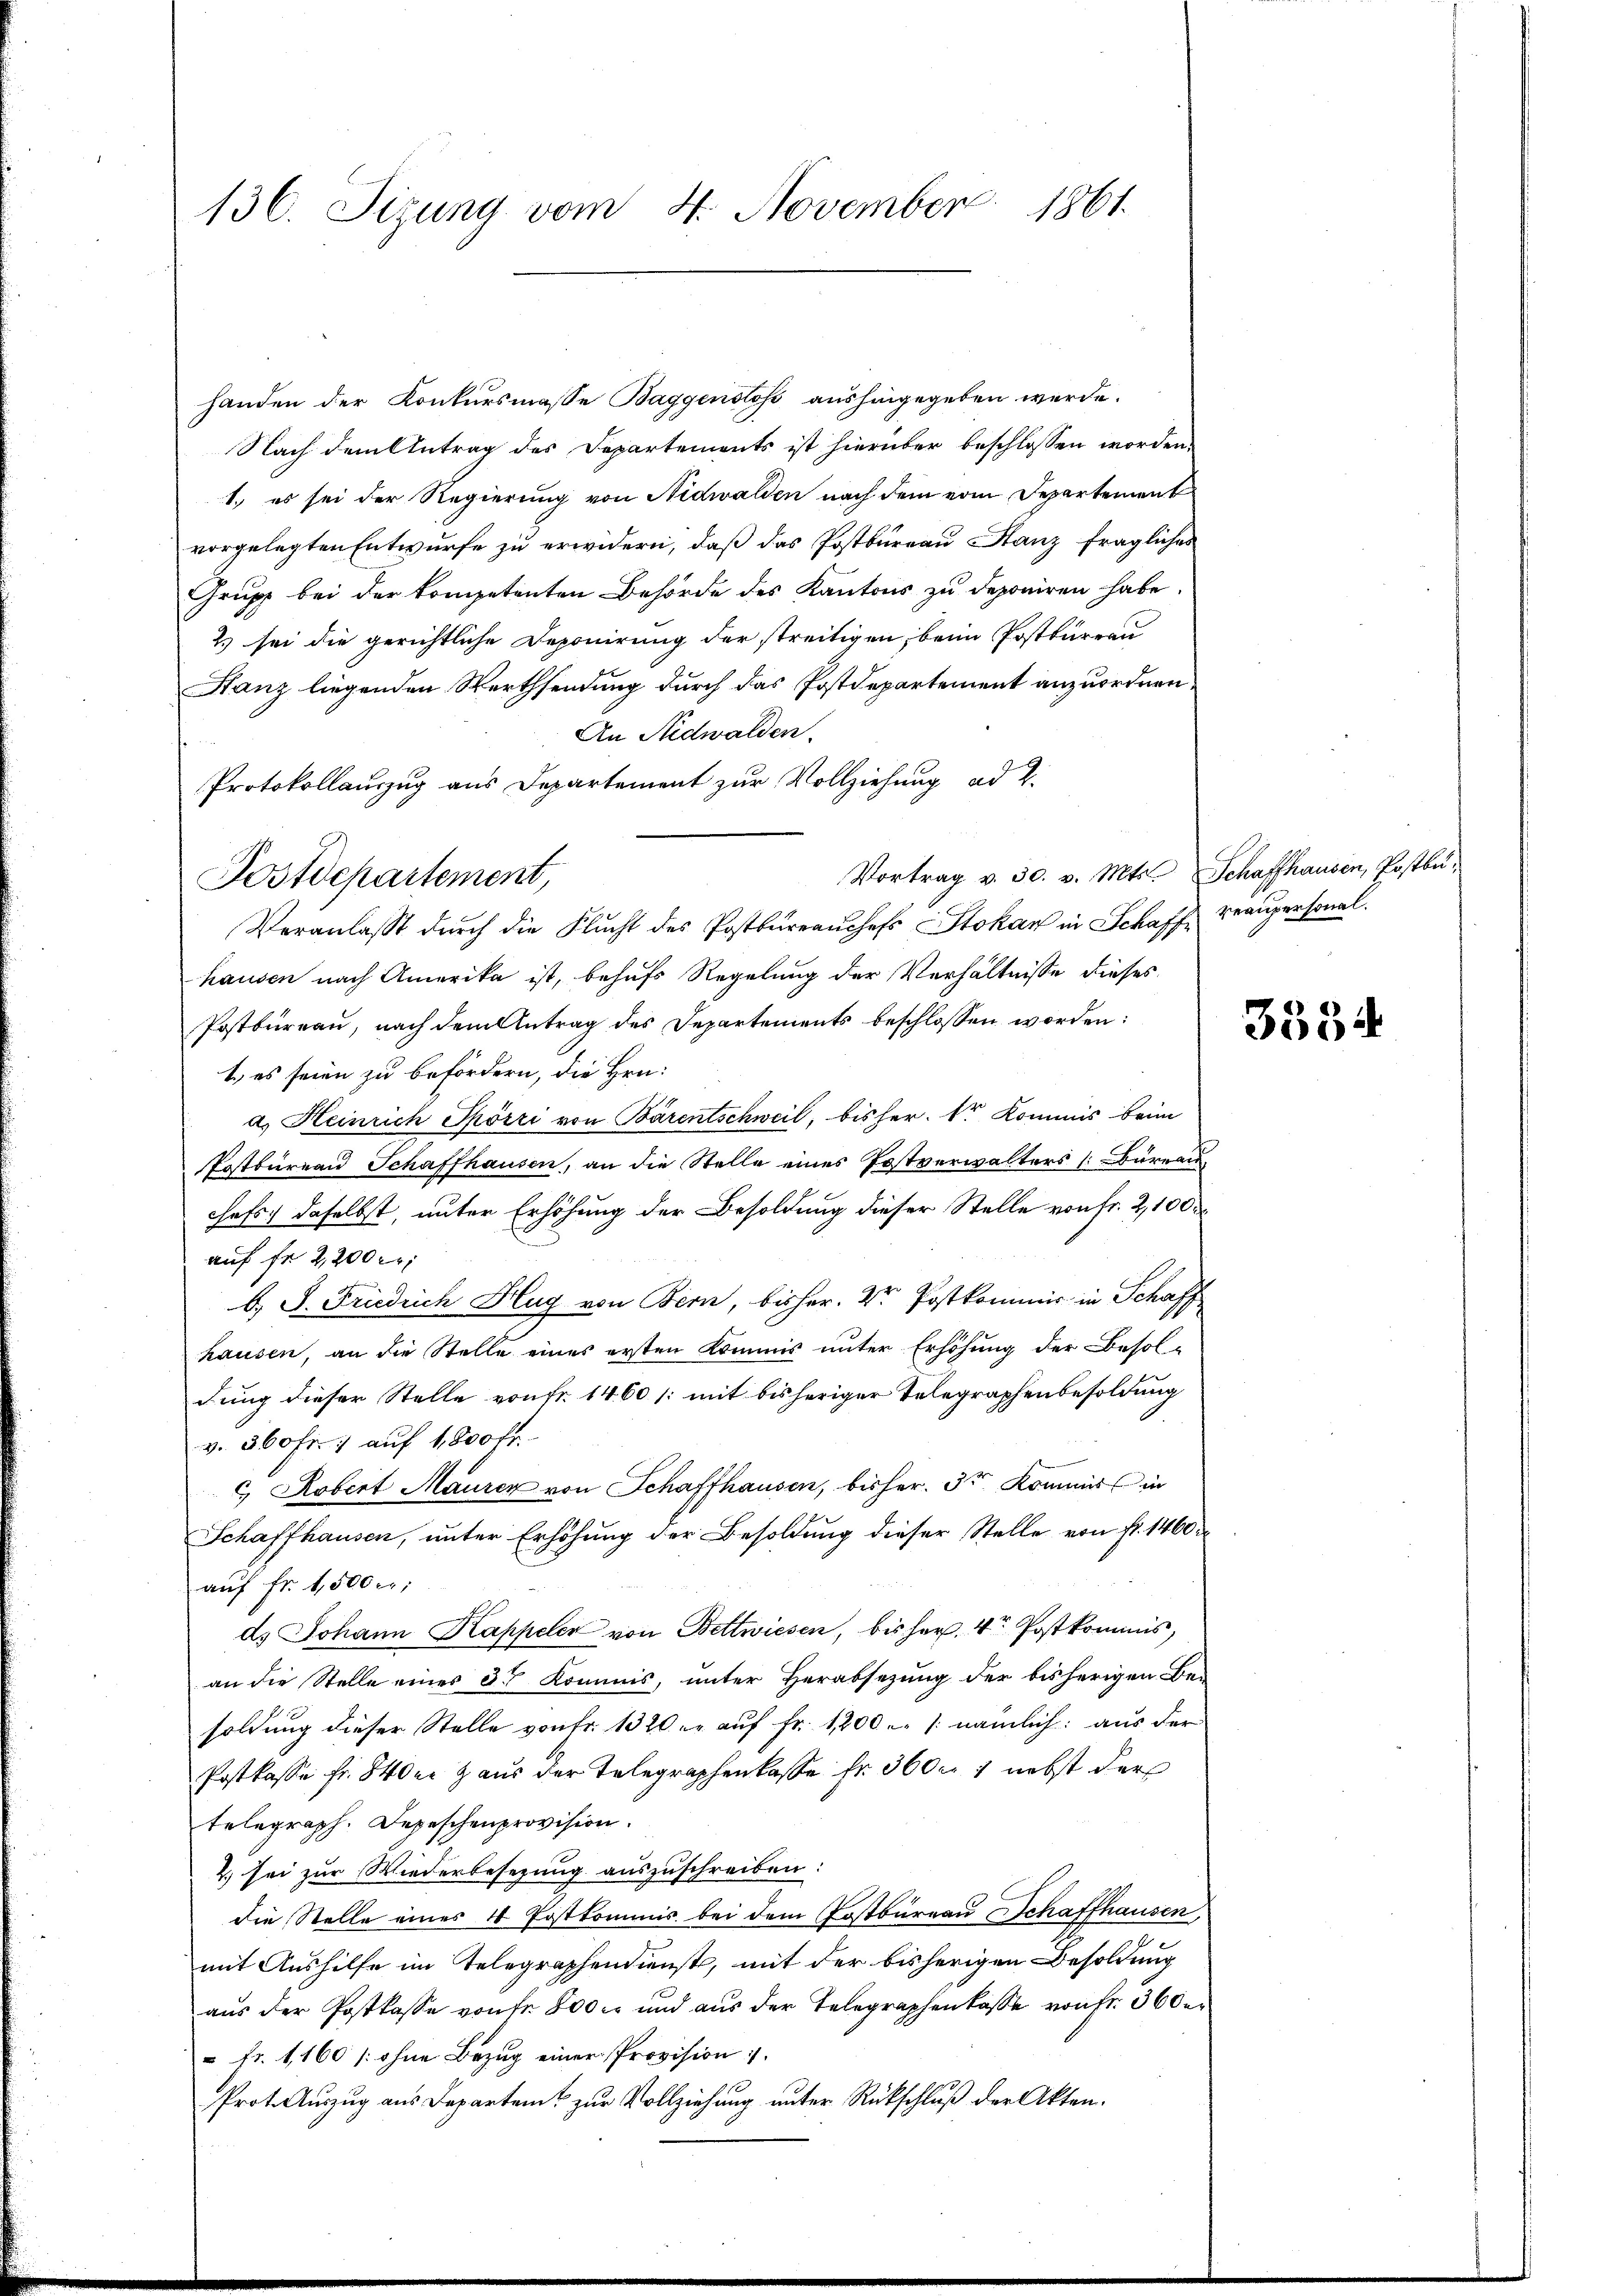
136. Sizung vom 4. November 1861.

handen der Konkursmasse Baggenstoss aushingegeben werde.
Nach dem Antrag des Departements ist hierüber beschlossen worden.
1.) es sei der Regierung von Nidwalden nach dem vom Departement
vorgelegten Entwurfe zu erwidern, daß das Postbureau Hanz fragliches
Grupp bei der kompetenten Behörde des Kantons zu deponiren habe.
2) sei die gerichtliche Deponirung der streitigen, beim Postbureau
Hanz liegenden Werthsendung durch das Postdepartement anzuordnen,
An Nidwalden.
Protokollauszug aus Departement zur Vollziehung ad 2.
Vortrag v. 30. v. Mts. Schaffhausen, Postbu¬
Veranlasst durch die Flucht des Postbüreaŭchefs Stokan in Schaff verupersonal.
hausen nach Amerika ist, behufs Regelung der Verhältnisse dieses
Postbüreau, nach dem Antrag des Departements beschlossen worden:
1) es seien zu befördern, die Hrn.
a. Heinrich Thörri von Bärentschweil, bisher. Dr Kommis beim
Postbureau Schaffhausen, an die Stelle eines Postverwalters (büreau
chefs daselbst, unter Erhöhung der Besoldung dieser Stelle von fr. 2,100.
auf fr. 2200 fr.
b. J. Friedrich Hug von Bern, bisher. Dr. Postkommis in Schaff
hausen, an die Stelle eines ersten Kommis unter Erhöhung der Besoldung dieser Stelle von fr. 1460 /: mit bisheriger Telegraphenbesoldung
v. 360 fr. 1 auf 1800 fr.
& Robert Maurer von Schaffhausen, bisher. 3te Kommis in
Schaffhausen, unter Erhöhung der Besoldung dieser Stelle von fr. 1460 d
auf Fr. 1,500
d. Johann Kappeler von Bettwiesen, bisher, 4 Postkommis,
an die Stelle eines der Kommis, unter Herabsezung der bisherigen Be-
soldung dieser Stelle von Fr. 1320 er auf Fr. 1200 u. /: nämlich: aus der
Postkasse fr. 840er Haus der Telegraphenkasse fr. 3600 nebst der
telegraph. Depeschenprovision.
2. sei zur Wiederbesezung auszuschreiben:
die Stelle eines 4 Postkommis bei dem Postbureau Schaffhausen,
mit Aushilfe im Telegraphendienst, mit der bisherigen Besoldung
aus der Postkasse von fr. 800 c. und aus der Telegraphenlasse von Fr. 360 er
" fr. 1160 /: ohne Bezug einer Provision
Prot. Auszug aus Departem zur Vollziehung unter Rückschluß der Akten.

Postdepartement,

3534